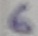
Text: 6